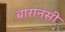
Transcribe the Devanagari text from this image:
बारानसी